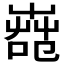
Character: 𦱢